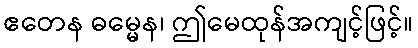
ဧတေန ဓမ္မေန၊ ဤမေထုန်အကျင့်ဖြင့်။